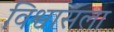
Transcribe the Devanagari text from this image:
विश्वासला